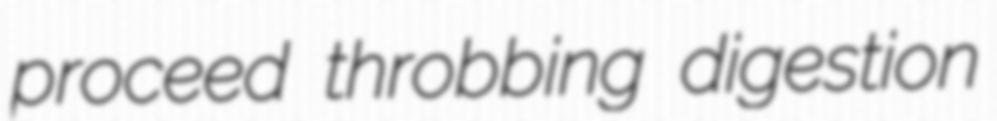
proceed throbbing digestion